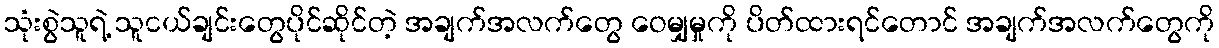
သုံးစွဲသူရဲ့ သူငယ်ချင်းတွေပိုင်ဆိုင်တဲ့ အချက်အလက်တွေ ဝေမျှမှုကို ပိတ်ထားရင်တောင် အချက်အလက်တွေကို